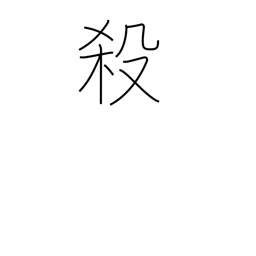
Meaning: butcher